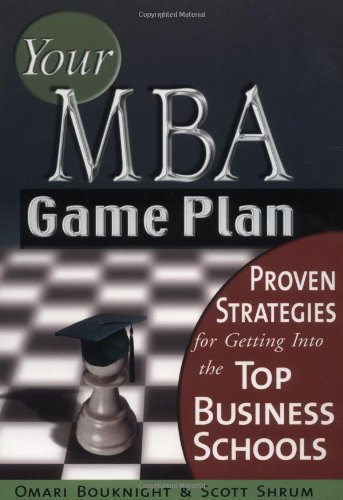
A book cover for Your MBA Game Plan: Proven Strategies for Getting into the Top Business Schools; Omari Bouknight; Education & Teaching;